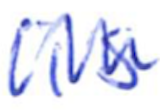
Text: is
Cross-out: zig-zag
Writing tool: ballpoint